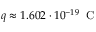
q \approx 1 . 6 0 2 \cdot 1 0 ^ { - 1 9 } \; \mathrm { ~ C ~ }